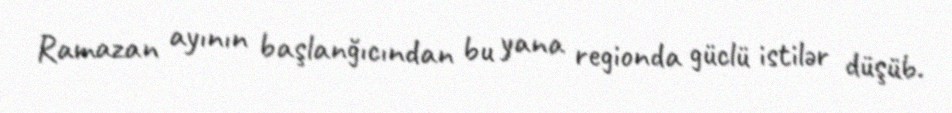
Ramazan ayının başlanğıcından bu yana regionda güclü istilər düşüb.